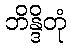
ဘိန္ဒိတုံ